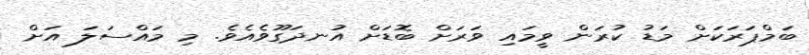
ބަމްޕަރަކަށް މަޑު ކުރަން ވީމައި ވަރަށް ބޮޑަށް އުނދަގޫވެއެވެ. މި މައްސަލަ އަށް